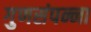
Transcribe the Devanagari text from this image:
गुणसंपन्ना